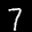
Label: 7